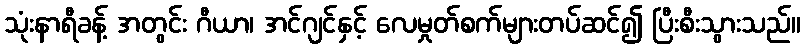
သုံးနာရီခန့် အတွင်း ဂီယာ၊ အင်ဂျင်နှင့် လေမှုတ်စက်များတပ်ဆင်၍ ပြီးစီးသွားသည်။